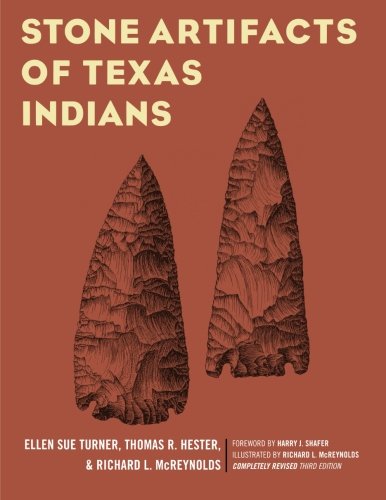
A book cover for Stone Artifacts of Texas Indians; Ellen Sue Turner; Biographies & Memoirs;